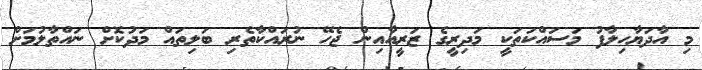
މި އާދަޔާހިލާފު މަސައްކަތަކީ މަދިރީގެ ޒަރީއާއިން ޖެހޭ ނުރައްކާތެރި ބަލިތައް މަދުކޮށް ނައްތާލުމަށް